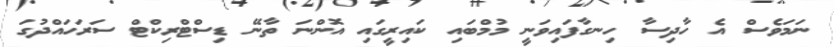
ނަމަވެސް އެ ހާދިސާ ހިނގާފައިވަނީ މުމްބައި ކައިރީގައި އޮންނަ ތާނޭ ޑިސްޓްރިކްޓް ސަރަހައްދުގަ